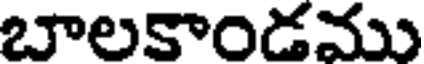
బాలకాండము